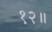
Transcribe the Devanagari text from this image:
१२॥